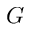
G